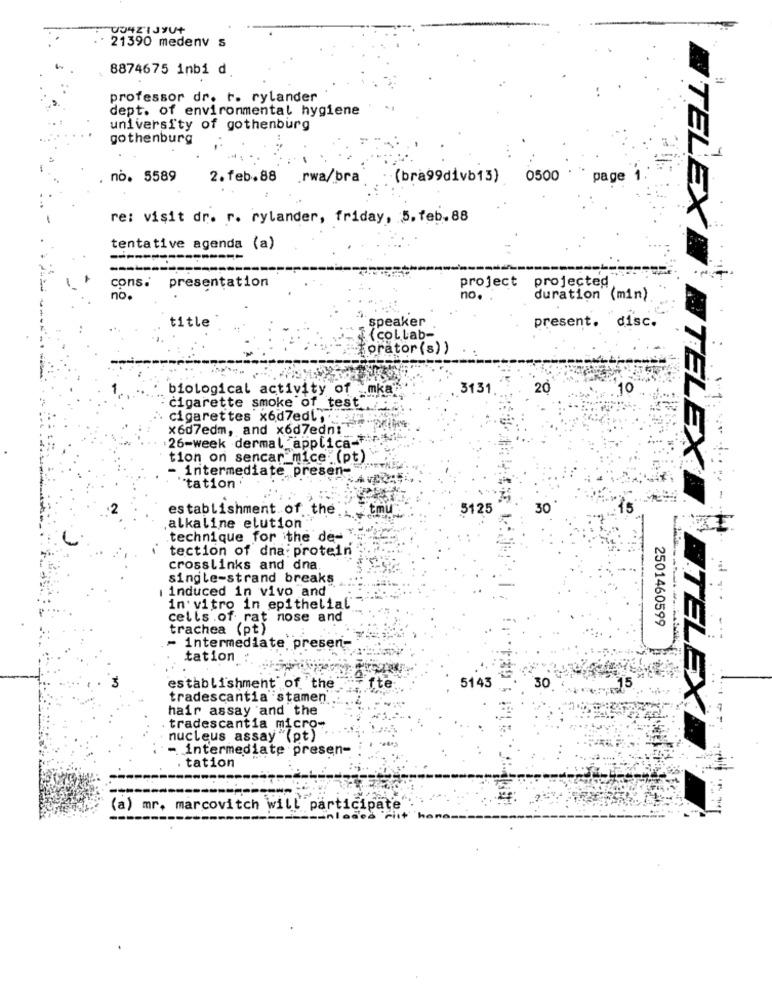
21390 medenv s
8874675 inbi d.
professor dr. t. rylander
dept. of environmental hygiene
university of gothenburg
gothenburg
no. 5589
2.feb.88 rwa/bra
(bra99divb13) 0500
page 1.
re: visit dr. r. rylander, friday, 5. feb. 88
tentative agenda (a)
---
-
cons.
project projected
presentation
no.
no.
duration (min)
speaker
title
present. disc.
f(col Lab-
orator (s) )
3131
20
10
biological activity of _mka
cigarette smoke of test
cigarettes x6d7edL ,
x607edm, and x6d7edni
.26-week dermal _applica-Fi
tion on sencar mice (pt)
- intermediate presen-
"tation
establishment of the
5125
30
TELEX N'ATELEX I.
alkaline elution"
technique for the de-
tection of dna: protein
crosslinks and dna
single-strand breaks
| induced in vivo and
in vitro in epithelial'
cells .of rat nose and
2501460599
trachea (pt)
- intermediate presen-
tation
establishment of the
5143
30
15
tradescantia stamen
hair assay and the
NTELEX
tradescantia micro-
nucleus assay "(pt)
- intermediate presen-
tation
-----
4
(a) mr. marcovitch will participate"